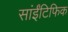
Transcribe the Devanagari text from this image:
सांईंटिफिक